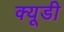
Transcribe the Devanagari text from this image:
क्यूडी